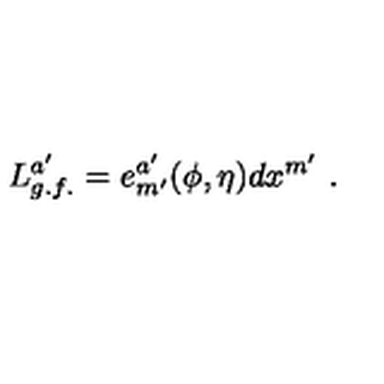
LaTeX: L _ { g . f . } ^ { a ^ { \prime } } = e _ { m ^ { \prime } } ^ { a ^ { \prime } } ( \phi , \eta ) d x ^ { m ^ { \prime } } \ .